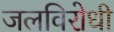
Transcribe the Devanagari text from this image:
जलविरोधी